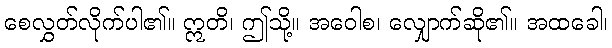
စေလွှတ်လိုက်ပါ၏။ ဣတိ၊ ဤသို့။ အဝေါစ၊ လျှောက်ဆို၏။ အထခေါ၊